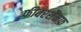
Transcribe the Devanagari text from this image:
फीवरशैमफ़